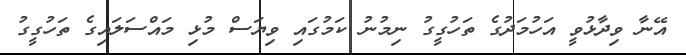
އޭނާ ވިދާޅުވީ އަހުމަދުގެ ތަހުގީގު ނިމުނު ކަމުގައި ވިޔަސް މުޅި މައްސަލައިގެ ތަހުގީގު